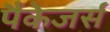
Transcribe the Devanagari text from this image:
पैकेजर्स